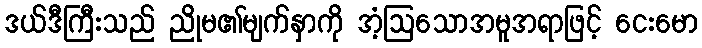
ဒယ်ဒီကြီးသည် ညိုမ၏မျက်နှာကို အံ့ဩသောအမူအရာဖြင့် ငေးမော